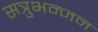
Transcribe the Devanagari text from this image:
सत्रुभन्जन